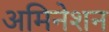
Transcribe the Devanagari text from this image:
अमिनेशन